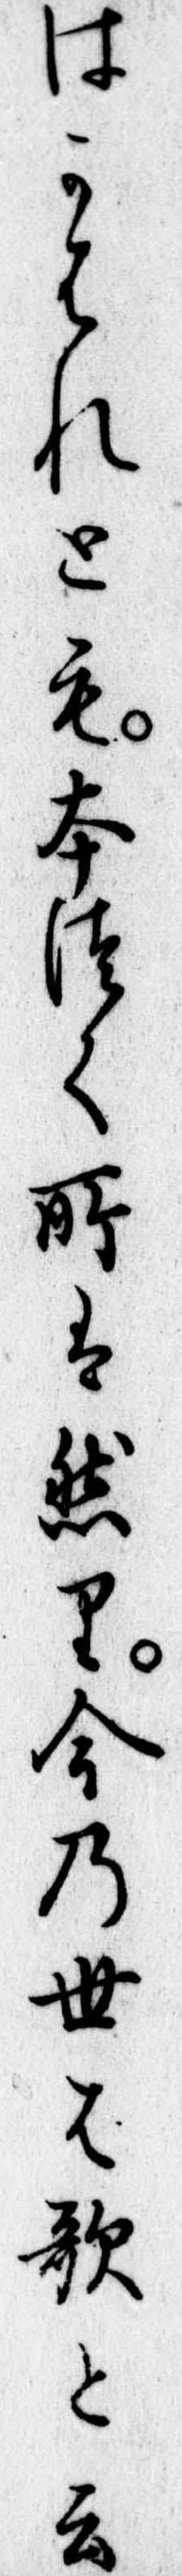
はかはれとも本つく所は然り今の世は歌と云